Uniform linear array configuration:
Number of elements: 12
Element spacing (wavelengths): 0.25
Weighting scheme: kaiser
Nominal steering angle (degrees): -45
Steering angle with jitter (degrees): -43.581
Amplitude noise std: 0.05
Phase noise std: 0.05

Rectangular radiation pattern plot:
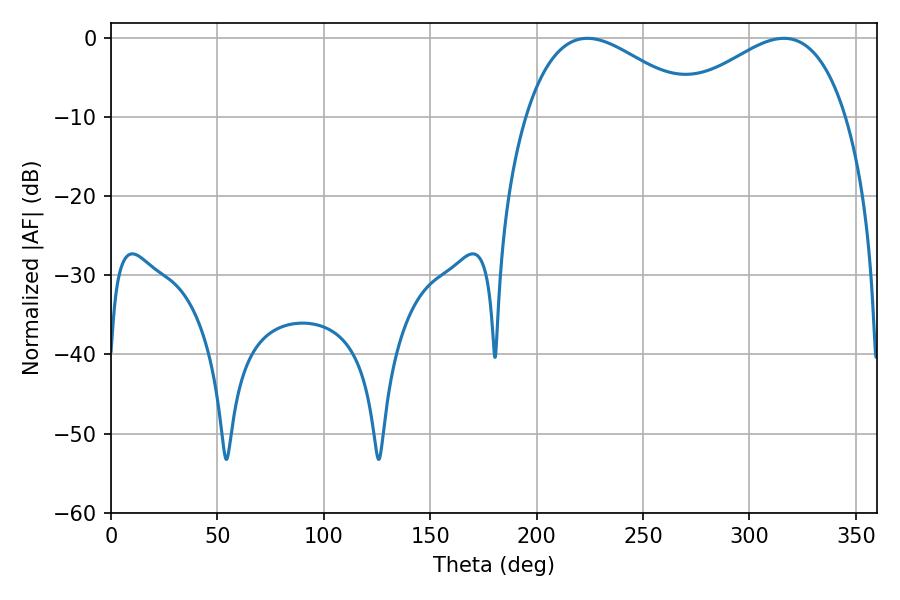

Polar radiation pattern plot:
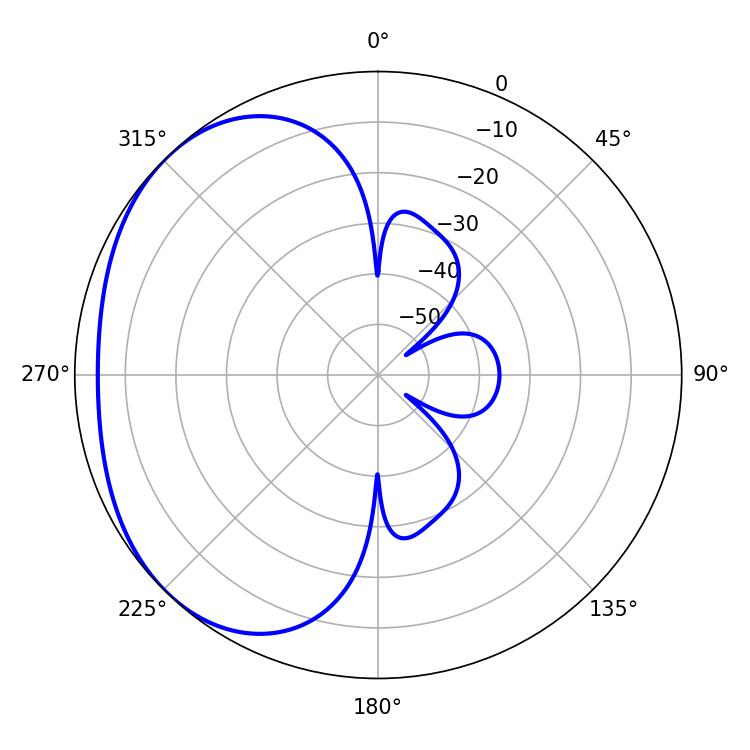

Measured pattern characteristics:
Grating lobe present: FALSE
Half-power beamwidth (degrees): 44.28
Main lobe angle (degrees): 223.92